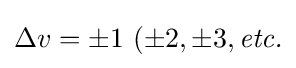
\Delta v=\pm 1\ (\pm 2,\pm 3,{\textit {etc.}}